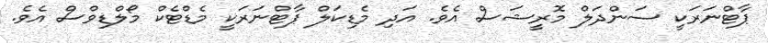
ޕާޓްނަރަކީ ސަންދަލް މޮރީޝަސް އެވެ. އަދި މެޑިކަލް ޕާޓްނަރަކީ މެޑްޓެކް މޯލްޑިވްސް އެވެ.